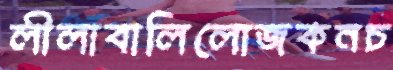
লীলাবালিলোজকনচ